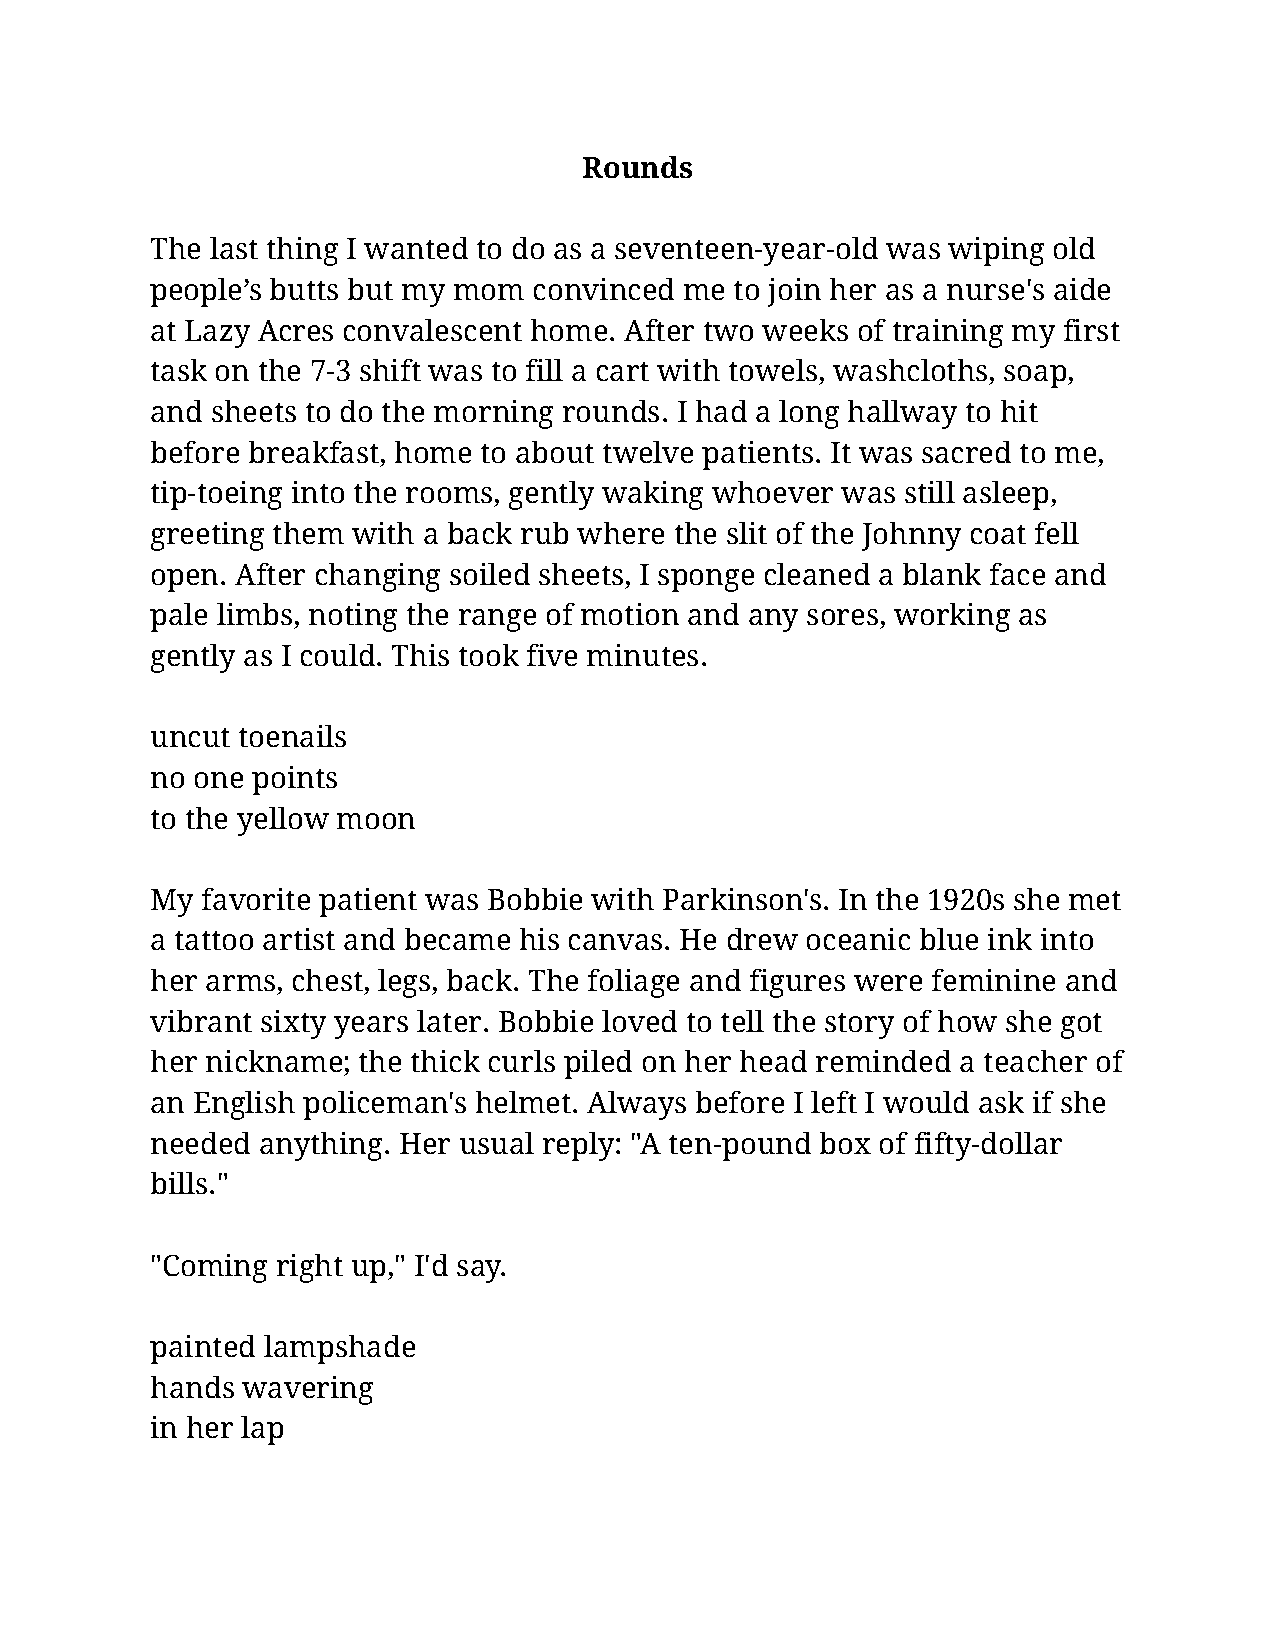
Rounds
 The last thing I wanted to do as a seventeen-year-old was wiping old
 people’s butts but my mom convinced me to join her as a nurse's aide
 at Lazy Acres convalescent home. After two weeks of training my first
 task on the 7-3 shift was to fill a cart with towels, washcloths, soap,
 and sheets to do the morning rounds. I had a long hallway to hit
 before breakfast, home to about twelve patients. It was sacred to me,
 tip-toeing into the rooms, gently waking whoever was still asleep,
 greeting them with a back rub where the slit of the Johnny coat fell
 open. After changing soiled sheets, I sponge cleaned a blank face and
 pale limbs, noting the range of motion and any sores, working as
 gently as I could. This took five minutes.
 uncut toenails
 no one points
 to the yellow moon
 My favorite patient was Bobbie with Parkinson's. In the 1920s she met
 a tattoo artist and became his canvas. He drew oceanic blue ink into
 her arms, chest, legs, back. The foliage and figures were feminine and
 vibrant sixty years later. Bobbie loved to tell the story of how she got
 her nickname; the thick curls piled on her head reminded a teacher of
 an English policeman's helmet. Always before I left I would ask if she
 needed anything. Her usual reply: "A ten-pound box of fifty-dollar
 bills."
 "Coming right up," I'd say.
 painted lampshade
 hands wavering
 in her lap